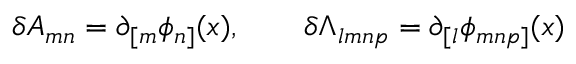
\delta A _ { m n } = \partial _ { [ m } \phi _ { n ] } ( x ) , \qquad \delta \Lambda _ { l m n p } = \partial _ { [ l } \phi _ { m n p ] } ( x )